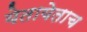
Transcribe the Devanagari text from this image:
येतायेताच